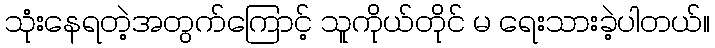
သုံးနေရတဲ့အတွက်ကြောင့် သူကိုယ်တိုင် မ ရေးသားခဲ့ပါတယ်။